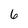
Character: 6